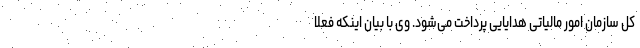
کل سازمان امور مالیاتی هدایایی پرداخت می‌شود. وی با بیان اینکه فعلا